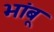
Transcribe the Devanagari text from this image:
भांबू